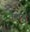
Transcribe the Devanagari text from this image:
तैलङ्ग